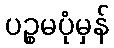
ပဉ္စမပုံမှန်